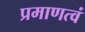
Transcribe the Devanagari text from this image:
प्रमाणत्वं